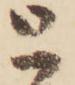
と